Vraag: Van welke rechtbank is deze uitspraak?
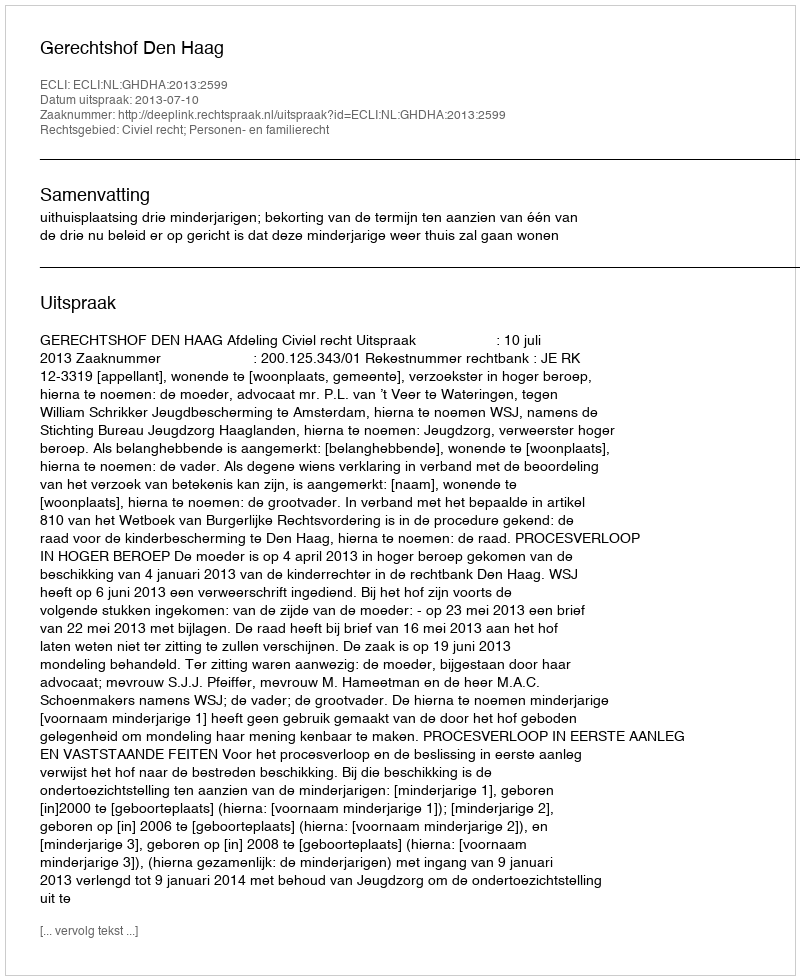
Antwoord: Gerechtshof Den Haag